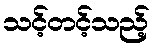
သင့်တင့်သည့်